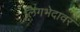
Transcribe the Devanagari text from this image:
लिंगभेदावर